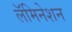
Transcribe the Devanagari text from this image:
लॅमिनेशन